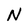
Character: N